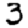
Digit: 3